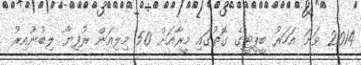
2014 ވަނަ އަހަރު ބީޕީޓީގެ ގޮތުގައި މީރާއަށް 50 މިލިއަން ރުފިޔާ ލިބުނުއިރު